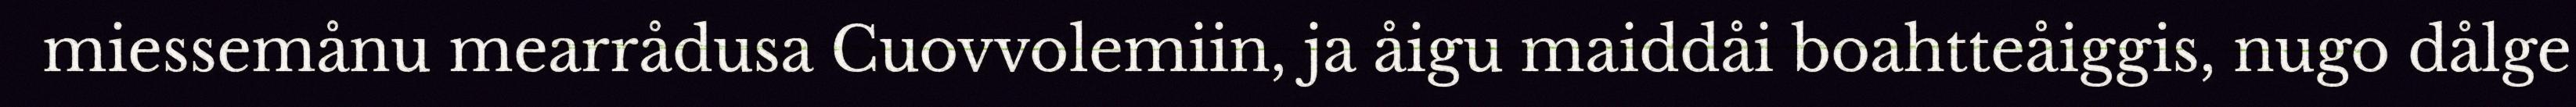
miessemånu mearrådusa Cuovvolemiin, ja åigu maiddåi boahtteåiggis, nugo dålge